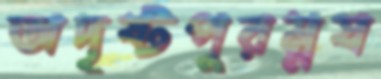
অদৃষ্টপুরম্নষ